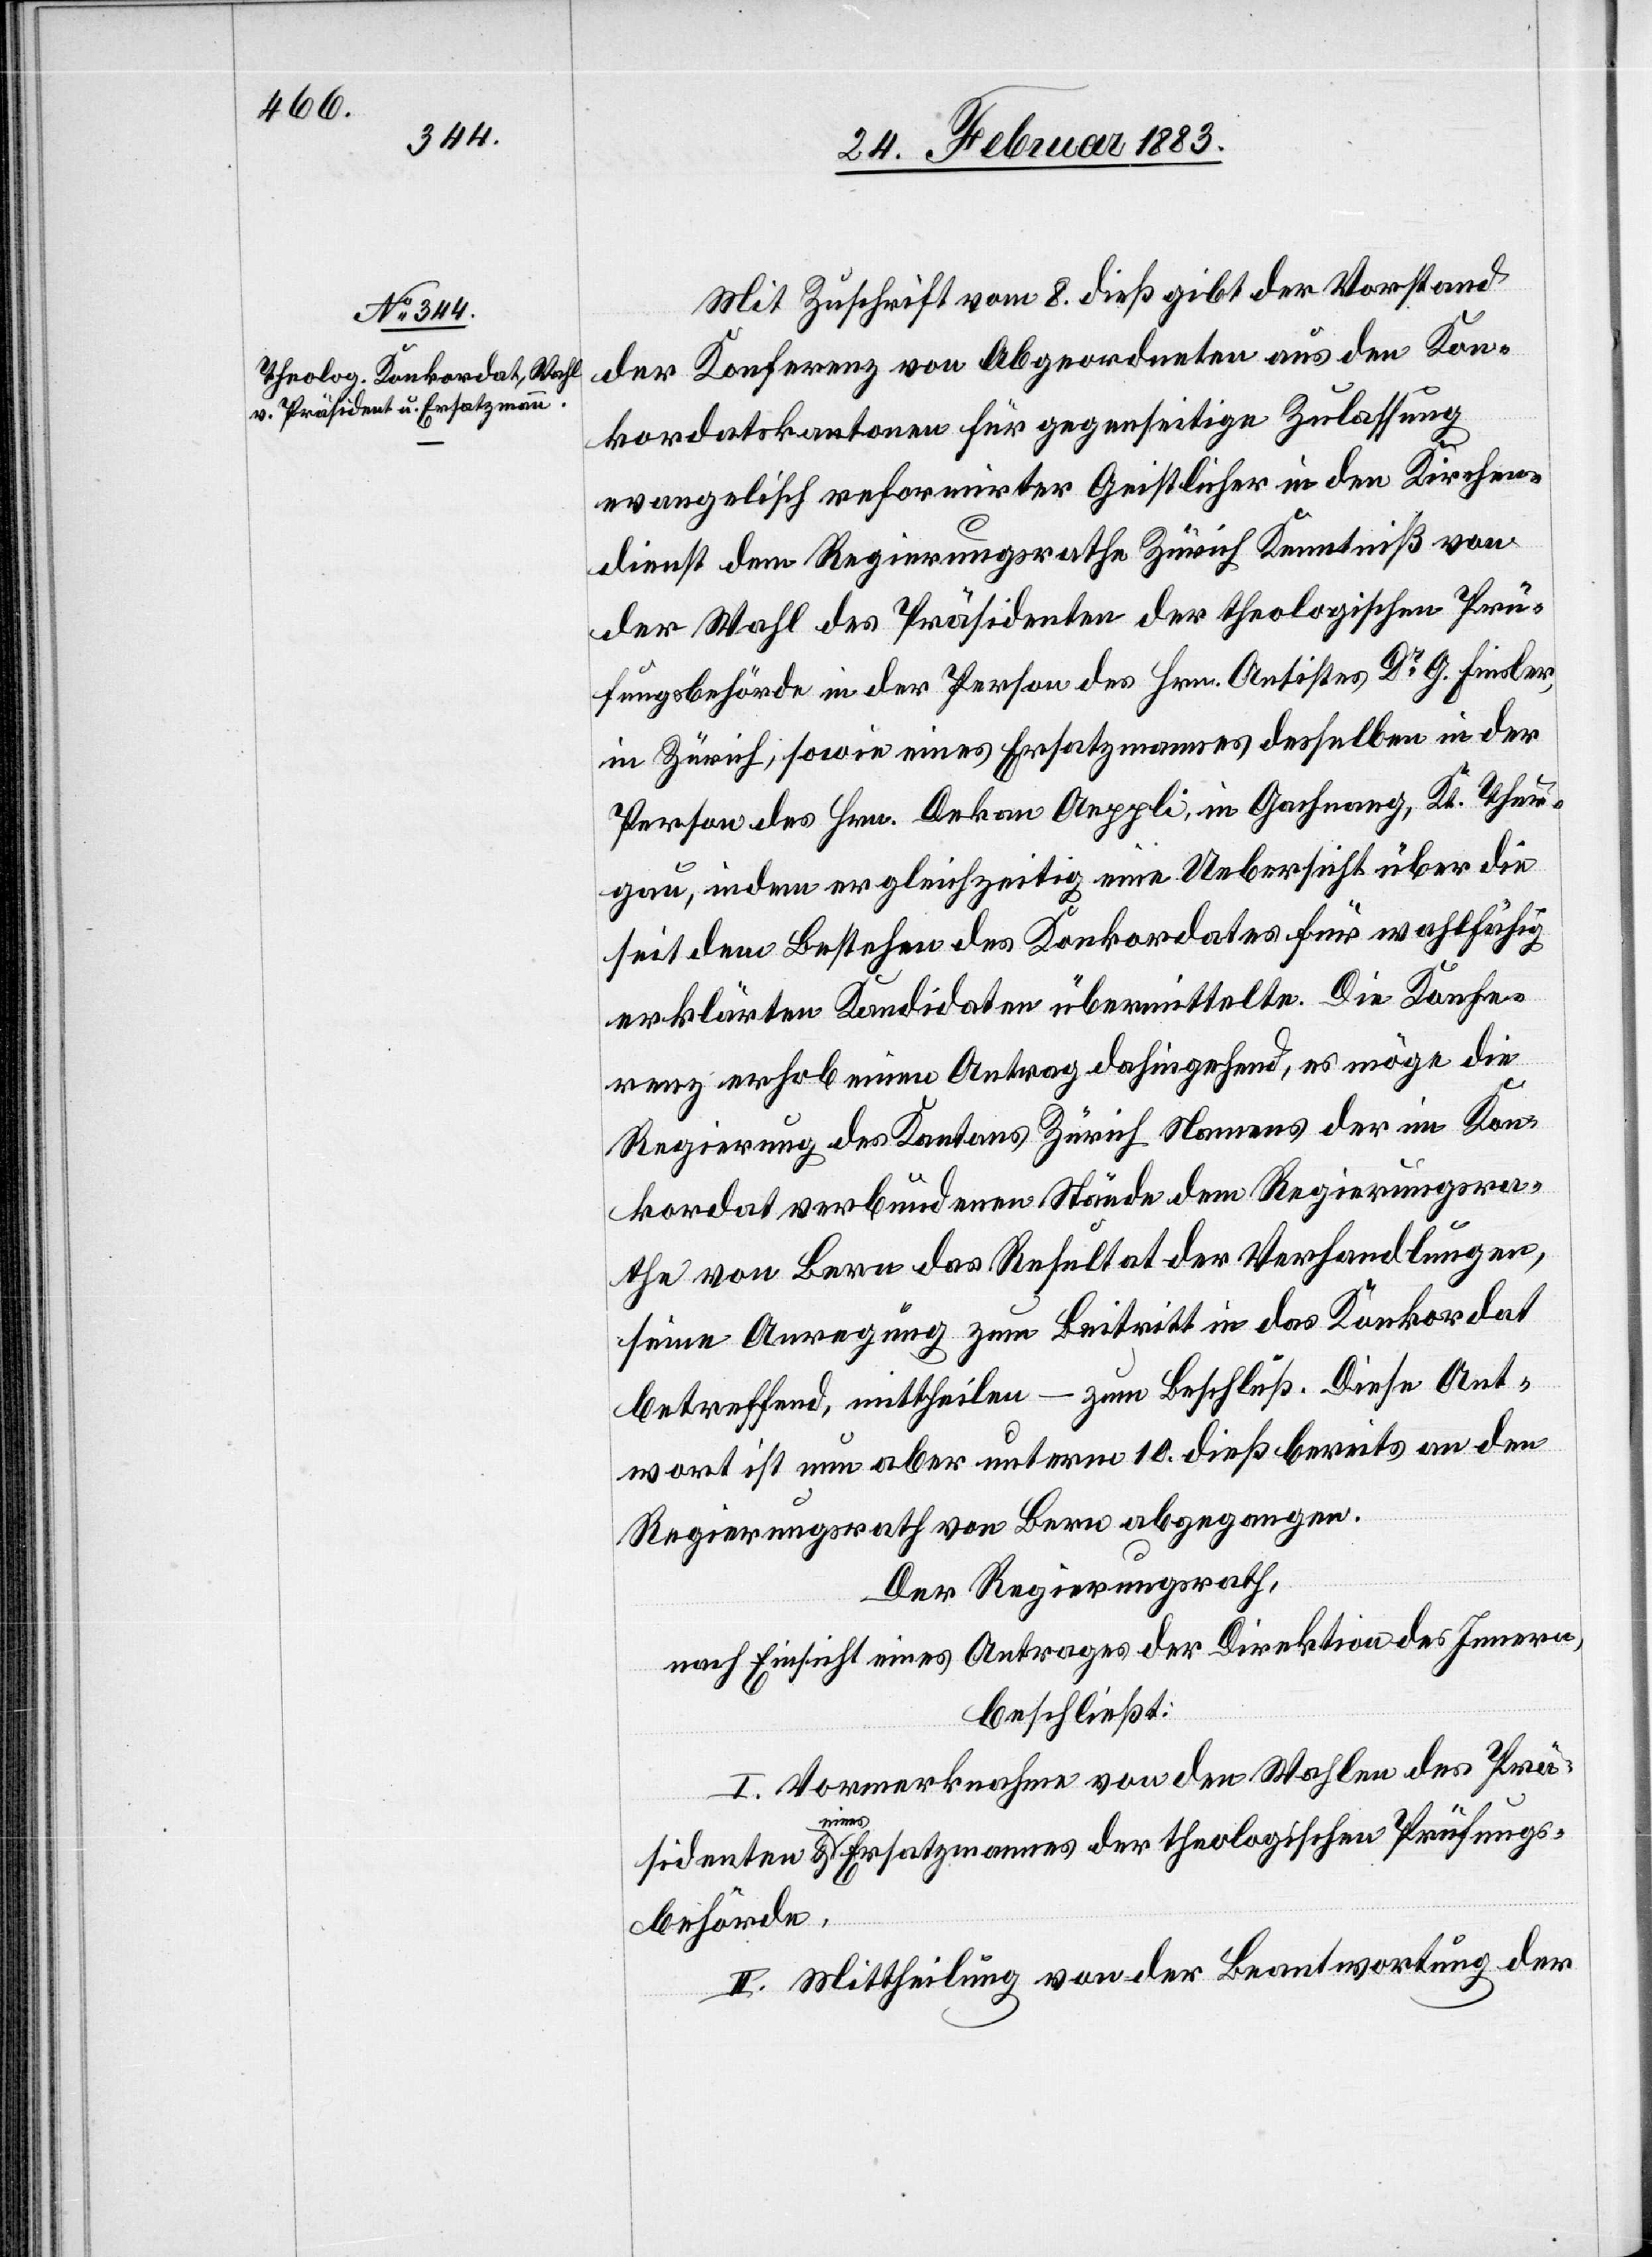
Mit Zuschrift vom 8. dieß gibt der Vorstand
der Konferenz von Abgeordneten aus den Kon¬
kordatskantonen für gegenseitige Zulassung
evangelisch reformirter Geistlicher in den Kirchen¬
dienst dem Regierungsrathe Zürich Kenntniß von
der Wahl des Präsidenten der theologischen Prü¬
fungsbehörde in der Person des Hrn. Antistes Dr G. Finsler,
in Zürich; sowie eines Ersatzmannes desselben in der
Person des Hrn. Dekan Aeppli, in Gachnang, Kt. Thur¬
gau, indem er gleichzeitig eine Uebersicht über die
seit dem Bestehen des Konkordates für wahlfähig
erklärten Kandidaten übermittelte. Die Konfe¬
renz erhob einen Antrag dahingehend, es möge die
Regierung des Kantons Zürich Namens der im Kon¬
kordat verbundenen Stände dem Regierungsra¬
the von Bern das Resultat der Verhandlungen,
seine Anregung zum Beitritt in das Konkordat
betreffend, mittheilen – zum Beschluß. Diese Ant¬
wort ist nun aber unterm 10. dieß bereits an den
Regierungsrath von Bern abgegangen.
Der Regierungsrath,
nach Einsicht eines Antrages der Direktion des Innern,
beschließt:
I. Vormerknahme von den Wahlen des Prä¬
sidenten & eines Ersatzmannes der theologischen Prüfungs¬
behörde.
II. Mittheilung von der Beantwortung der